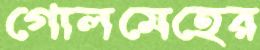
গোলমেহের